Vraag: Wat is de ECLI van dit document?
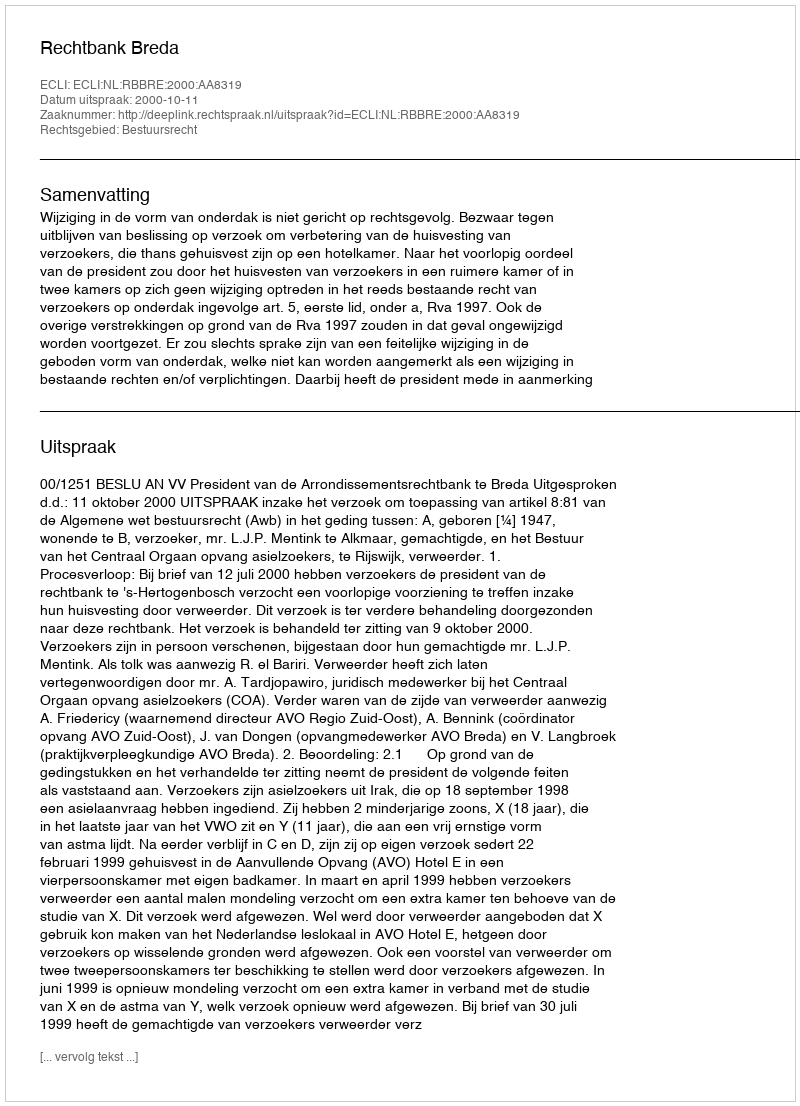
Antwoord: ECLI:NL:RBBRE:2000:AA8319